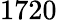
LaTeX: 1720